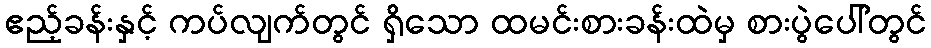
ဧည့်ခန်းနှင့် ကပ်လျက်တွင် ရှိသော ထမင်းစားခန်းထဲမှ စားပွဲပေါ်တွင်